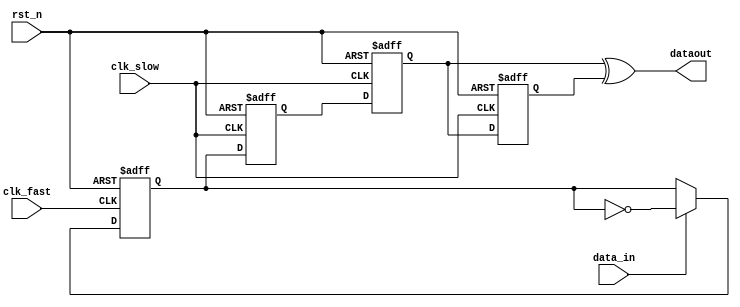

`timescale 1ns/1ns

module pulse_detect(
	input 				clk_fast	, 
	input 				clk_slow	,   
	input 				rst_n		,
	input				data_in		,

	output  		 	dataout
);
reg in_rs;
reg in_r0;
reg in_r1;
reg out_rs;
reg out_r0;
reg out_r1;

/////
always @(posedge clk_fast or negedge rst_n )
begin
	if(!rst_n)
	in_rs <= 'b0;
	//  else if(in_r1) 
	//  begin
	//  	in_rs <= 'b0;
	//  end
	else if(data_in)
	in_rs <= ~in_rs;
	else
	in_rs <= in_rs;
end
////
always @(posedge clk_slow or negedge rst_n )
begin
	if(!rst_n)
	out_rs <='b0;
	else
	out_rs <= in_rs;
end
////
always @(posedge clk_slow or negedge rst_n )
begin
	if(!rst_n)
	begin
	out_r0<='b0;
	out_r1<='b0;
	end
	else
	begin
	out_r0 <= out_rs;
	out_r1 <= out_r0;
	end
end
//////



/////
// always @(posedge clk_fast or negedge rst_n )
// begin
// 	if(!rst_n)begin
// 	in_r0 <= 'b0;
// 	in_r1 <= 'b0;
// 	end
// 	else
// 	begin
// 	in_r0 <= out_r1;
// 	in_r1 <= in_r0;
// 	end
// end 

assign dataout = out_r0 ^ out_r1 ;
///
endmodule